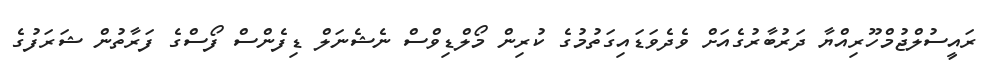
ރައީސުލްޖުމްހޫރިއްޔާ ދަރުބާރުގެއަށް ވެދެވަޑައިގަތުމުގެ ކުރިން މޯލްޑިވްސް ނެޝެނަލް ޑިފެންސް ފޯސްގެ ފަރާތުން ޝަރަފުގެ